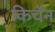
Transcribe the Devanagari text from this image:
किर्चेन